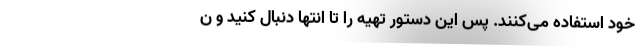
خود استفاده می‌کنند. پس این دستور تهیه را تا انتها دنبال کنید و ن